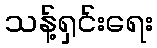
သန့်ရှင်းရေး